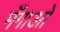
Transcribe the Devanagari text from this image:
मँगाओ